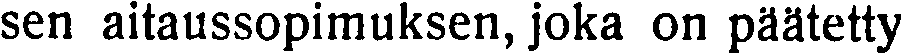
sen aitaussopimuksen, joka on päätetty